Note on the mental hospitals in Burma - 1925-1940
Year: 1925
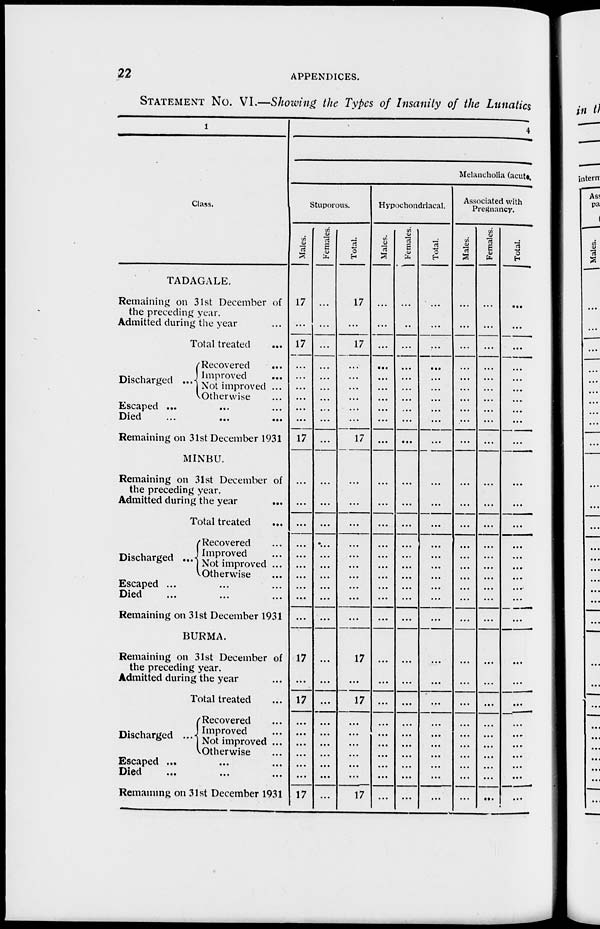
22
APPENDICES.
STATEMENT NO. VI.—Showing the Types of Insanity of the Lunatics
1
Class.
TADAGALE.
Remaining on 31st December of
the preceding year.
Admitted during the year ...
Total treated ...
Discharged ...
Recovered ...
Improved ...
Not improved ...
Otherwise ...
Escaped ... ... ...
Died
...
...
...
Remaining on 31st December 1931
MINBU.
Remaining on 31st December of
the preceding year.
Admitted during the year
...
Total treated ...
Discharged ...
Recovered ...
Improved ...
Not improved ...
Otherwise ...
Escaped ... ... ...
Died ... ... ...
Remaining on 31st December 1931
BURMA.
Remaining on 31st December of
the preceding year.
Admitted during the year ...
Total treated ...
Discharged ...
Recovered ...
Improved ...
Not improved ...
Otherwise ...
Escaped ... ... ...
Died
...
...
...
Remaining on 31st December 1931
4
Melancholia (acute,
Stuporous.
Males.
17
...
17
...
...
...
...
...
...
17
...
...
...
...
...
...
...
...
...
...
17
...
17
...
...
...
...
...
...
17
Females.
...
...
...
...
...
...
...
...
...
...
...
...
...
...
...
...
...
...
...
...
...
...
...
...
...
...
...
...
...
...
Total.
17
...
17
...
...
...
...
...
...
17
...
...
...
...
...
...
...
...
...
...
17
...
17
...
...
...
...
...
...
17
Hypochondriacal.
Males.
...
...
...
...
...
...
...
...
...
...
...
...
...
...
...
...
...
...
...
...
...
...
...
...
...
...
...
...
...
...
Females.
...
...
...
...
...
...
...
...
...
...
...
...
...
...
...
...
...
...
...
...
...
...
...
...
...
...
...
...
...
...
Total.
...
...
...
...
...
...
...
...
...
...
...
...
...
...
...
...
...
...
...
...
...
...
...
...
...
...
...
...
...
...
Associated with
Pregnancy.
Males.
...
...
...
...
...
...
...
...
...
...
...
. ...
...
...
...
...
...
...
...
...
...
...
...
...
...
...
...
...
...
Females.
...
...
...
...
...
...
...
...
...
...
...
...
...
...
...
...
...
...
...
...
...
...
...
...
...
...
...
...
...
...
Total.
...
...
...
...
...
...
...
...
...
...
...
...
...
...
...
...
...
...
...
...
...
...
...
...
...
...
...
...
...
...